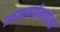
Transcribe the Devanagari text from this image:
प्रवासवर्णनापेक्षा